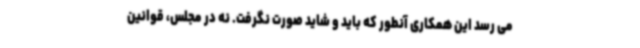
می رسد این همکاری آنطور که باید و شاید صورت نگرفت. نه در مجلس، قوانین